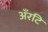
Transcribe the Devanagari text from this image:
अँरटि